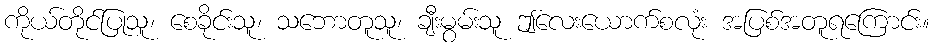
ကိုယ်တိုင်ပြုသူ၊ စေခိုင်းသူ၊ သဘောတူသူ၊ ချီးမွမ်းသူ ဤလေးယောက်စလုံး အပြစ်အတူရကြောင်း။